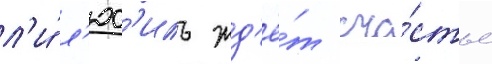
л'и́ л'юс'иль жд'ё́т сча́стье